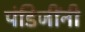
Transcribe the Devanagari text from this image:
पंडिजींनी